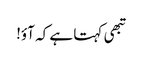
تبھی کہتا ہے کہ آؤ!